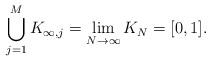
LaTeX: \begin{align*}\bigcup_{j = 1}^M K_{\infty,j} = \lim_{N\to\infty}K_N = [0,1].\end{align*}